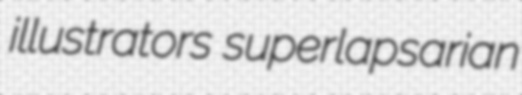
illustrators superlapsarian